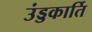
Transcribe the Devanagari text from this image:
उंड्डकार्ति